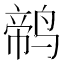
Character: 𱊕